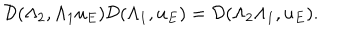
\mathcal { D } ( { \Lambda } _ { 2 } , { \Lambda } _ { 1 } u _ { E } ) \mathcal { D } ( { \Lambda } _ { 1 } , u _ { E } ) = \mathcal { D } ( { \Lambda } _ { 2 } { \Lambda } _ { 1 } , u _ { E } ) .